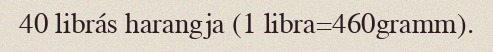
40 librás harangja (1 libra=460gramm).